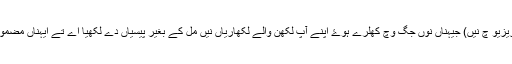
وکیپیڈیا تے اک کروڑ ویہہ لکھ مضمون ہے نیں (جیہناں وچوں 27 لکھ ستر ہزار انگریزیو چ نیں) جیہناں نوں جگ وچ کھلرے ہوۓ اپنے آپ لکھن والے لکھاریاں نیں مل کے بغیر پیسیاں دے لکھیا اے تے ایہناں مضموناں نوں کوئی وی تبدیل کر سکدا اے جیہدی وی وکیپیڈیا دی ویب سائیٹ تک پہنچ اے۔